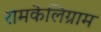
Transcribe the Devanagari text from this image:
रामकेलिग्राम